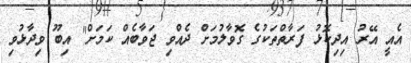
އެއީ އޭރު އިދިކޮޅު ފަރާތްތަކުގެ ގޮވާލުމަށް ދެއްވި ޖަވާބެއް ކަމަށް" އިބޫ ވިދާޅުވި